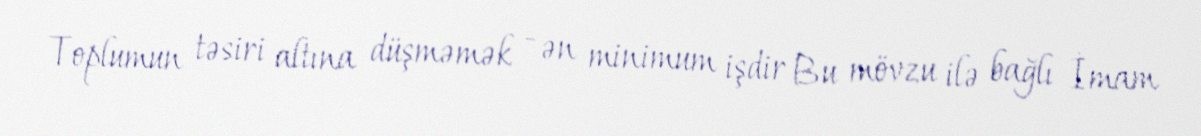
Toplumun təsiri altına düşməmək - ən minimum işdir Bu mövzu ilə bağlı İmam